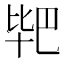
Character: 𭅣